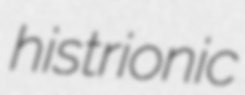
histrionic